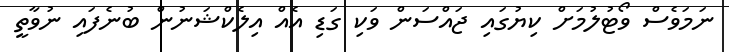
ނަމަވެސް ވޯޓުލުމަށް ކިޔުގައި ޖައްސަން ވަކި ގަޑި އެއް އިލެކްޝަނުން ބުނެފައި ނުވާތީ